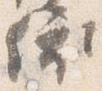
依